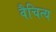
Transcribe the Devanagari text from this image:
वैचित्य